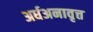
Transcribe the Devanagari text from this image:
अर्धअनावृत्त